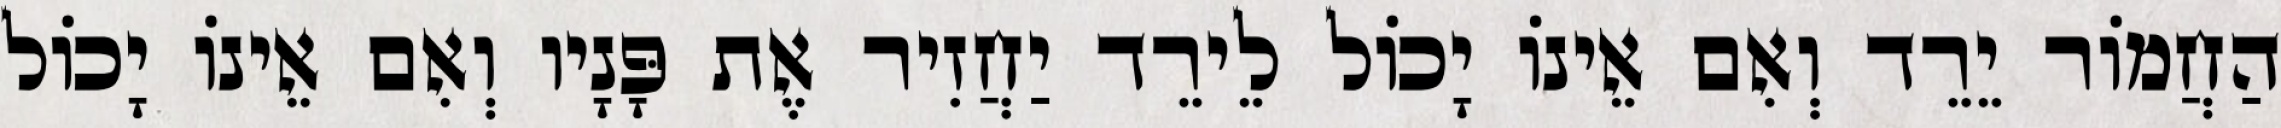
הַחֲמוֹר יֵרֵד וְאִם אֵינוֹ יָכוֹל לֵירֵד יַחֲזִיר אֶת פָּנָיו וְאִם אֵינוֹ יָכוֹל